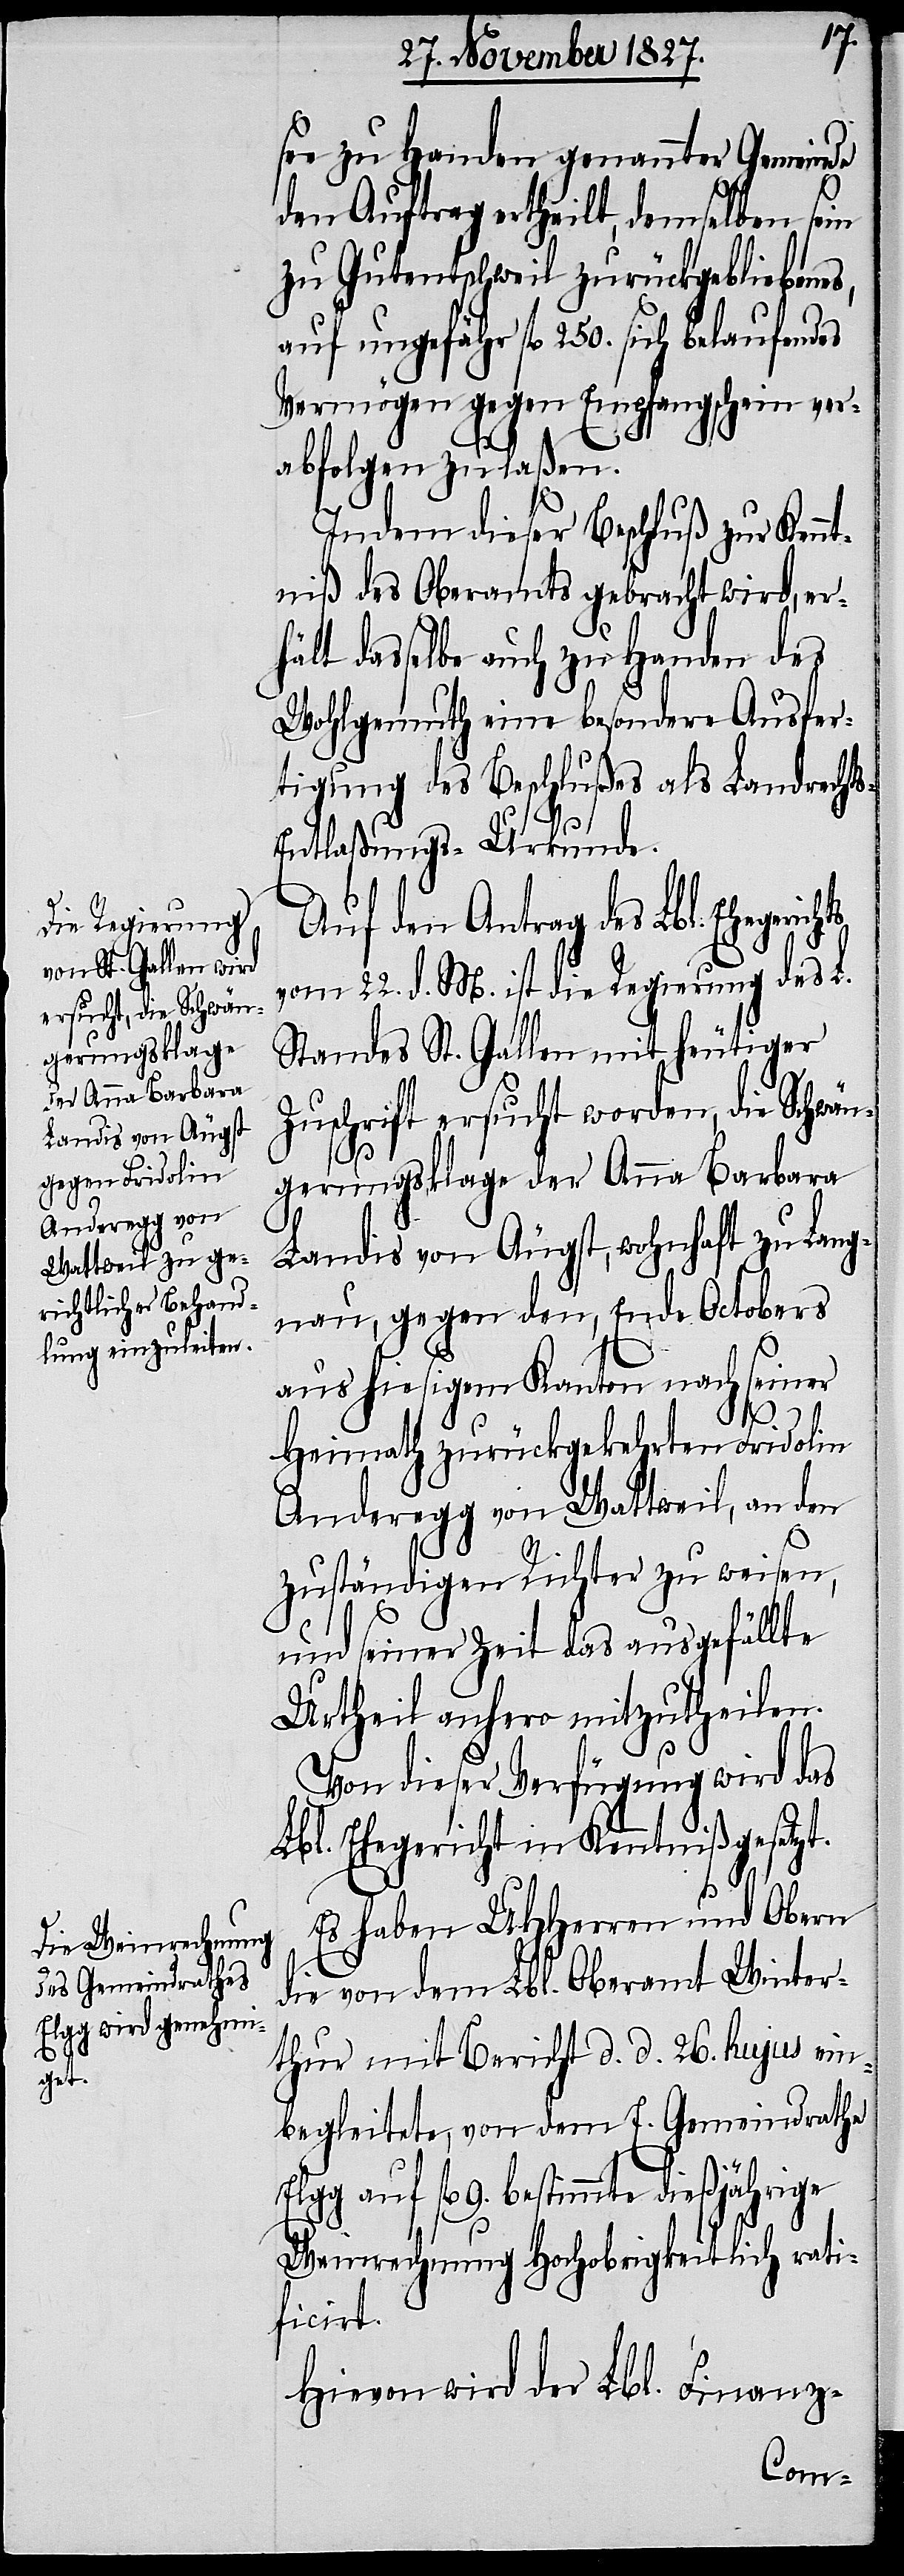
ts

see zu Handen genannter Gemeinde
den Auftrag ertheilt, demselben sein
zu Gutentschweil zurückgebliebenes,
auf ungefähr fl. 250. sich belaufendes
Vermögen gegen Empfangsschein ver¬
abfolgen zu laßen.
Indem dieser Beschluß zur Kennt¬
niß des Oberamtes gebracht wird, er¬
hält dasselbe auch zu Handen des
Wohlgemuth eine besondere Ausfer¬
tigung des Beschlußes als Landrecht¬
ntlaßungs-Urkunde.
Auf den Antrag des Lbl. Ehegerich¬
vom 22. d. M. ist die Regierung des L.
Standes St. Gallen mit heutiger
Zuschrift ersucht worden, die Schwän¬
gerungsklage der Anna Barbara
Landis von Äugst, wohnhaft zu Lang¬
nau, gegen den, Ende Octobers
aus hiesigem Kanton nach seiner
s-E¬
Heimath zurückgekehrten Fridolin
Anderegg von Wattweil, an den
zuständigen Richter zu weisen,
und seiner Zeit das ausgefällte
Urtheil anhero mitzutheilen.
Von dieser Verfügung wird das
Lbl. Ehegericht in Kenntniß gesetzt.
Es haben UHHerren und Obern
die von dem Lbl. Oberamt Winter¬
thur mit Bericht d. d. 26. hujus ein¬
begleitete, von dem E. Gemeindrathe
Elgg auf fl. 9. bestimmte dießjährige
Weinrechnung Hochobrigkeitlich rati¬
ficirt.
Hievon wird der Lbl. Finanz-